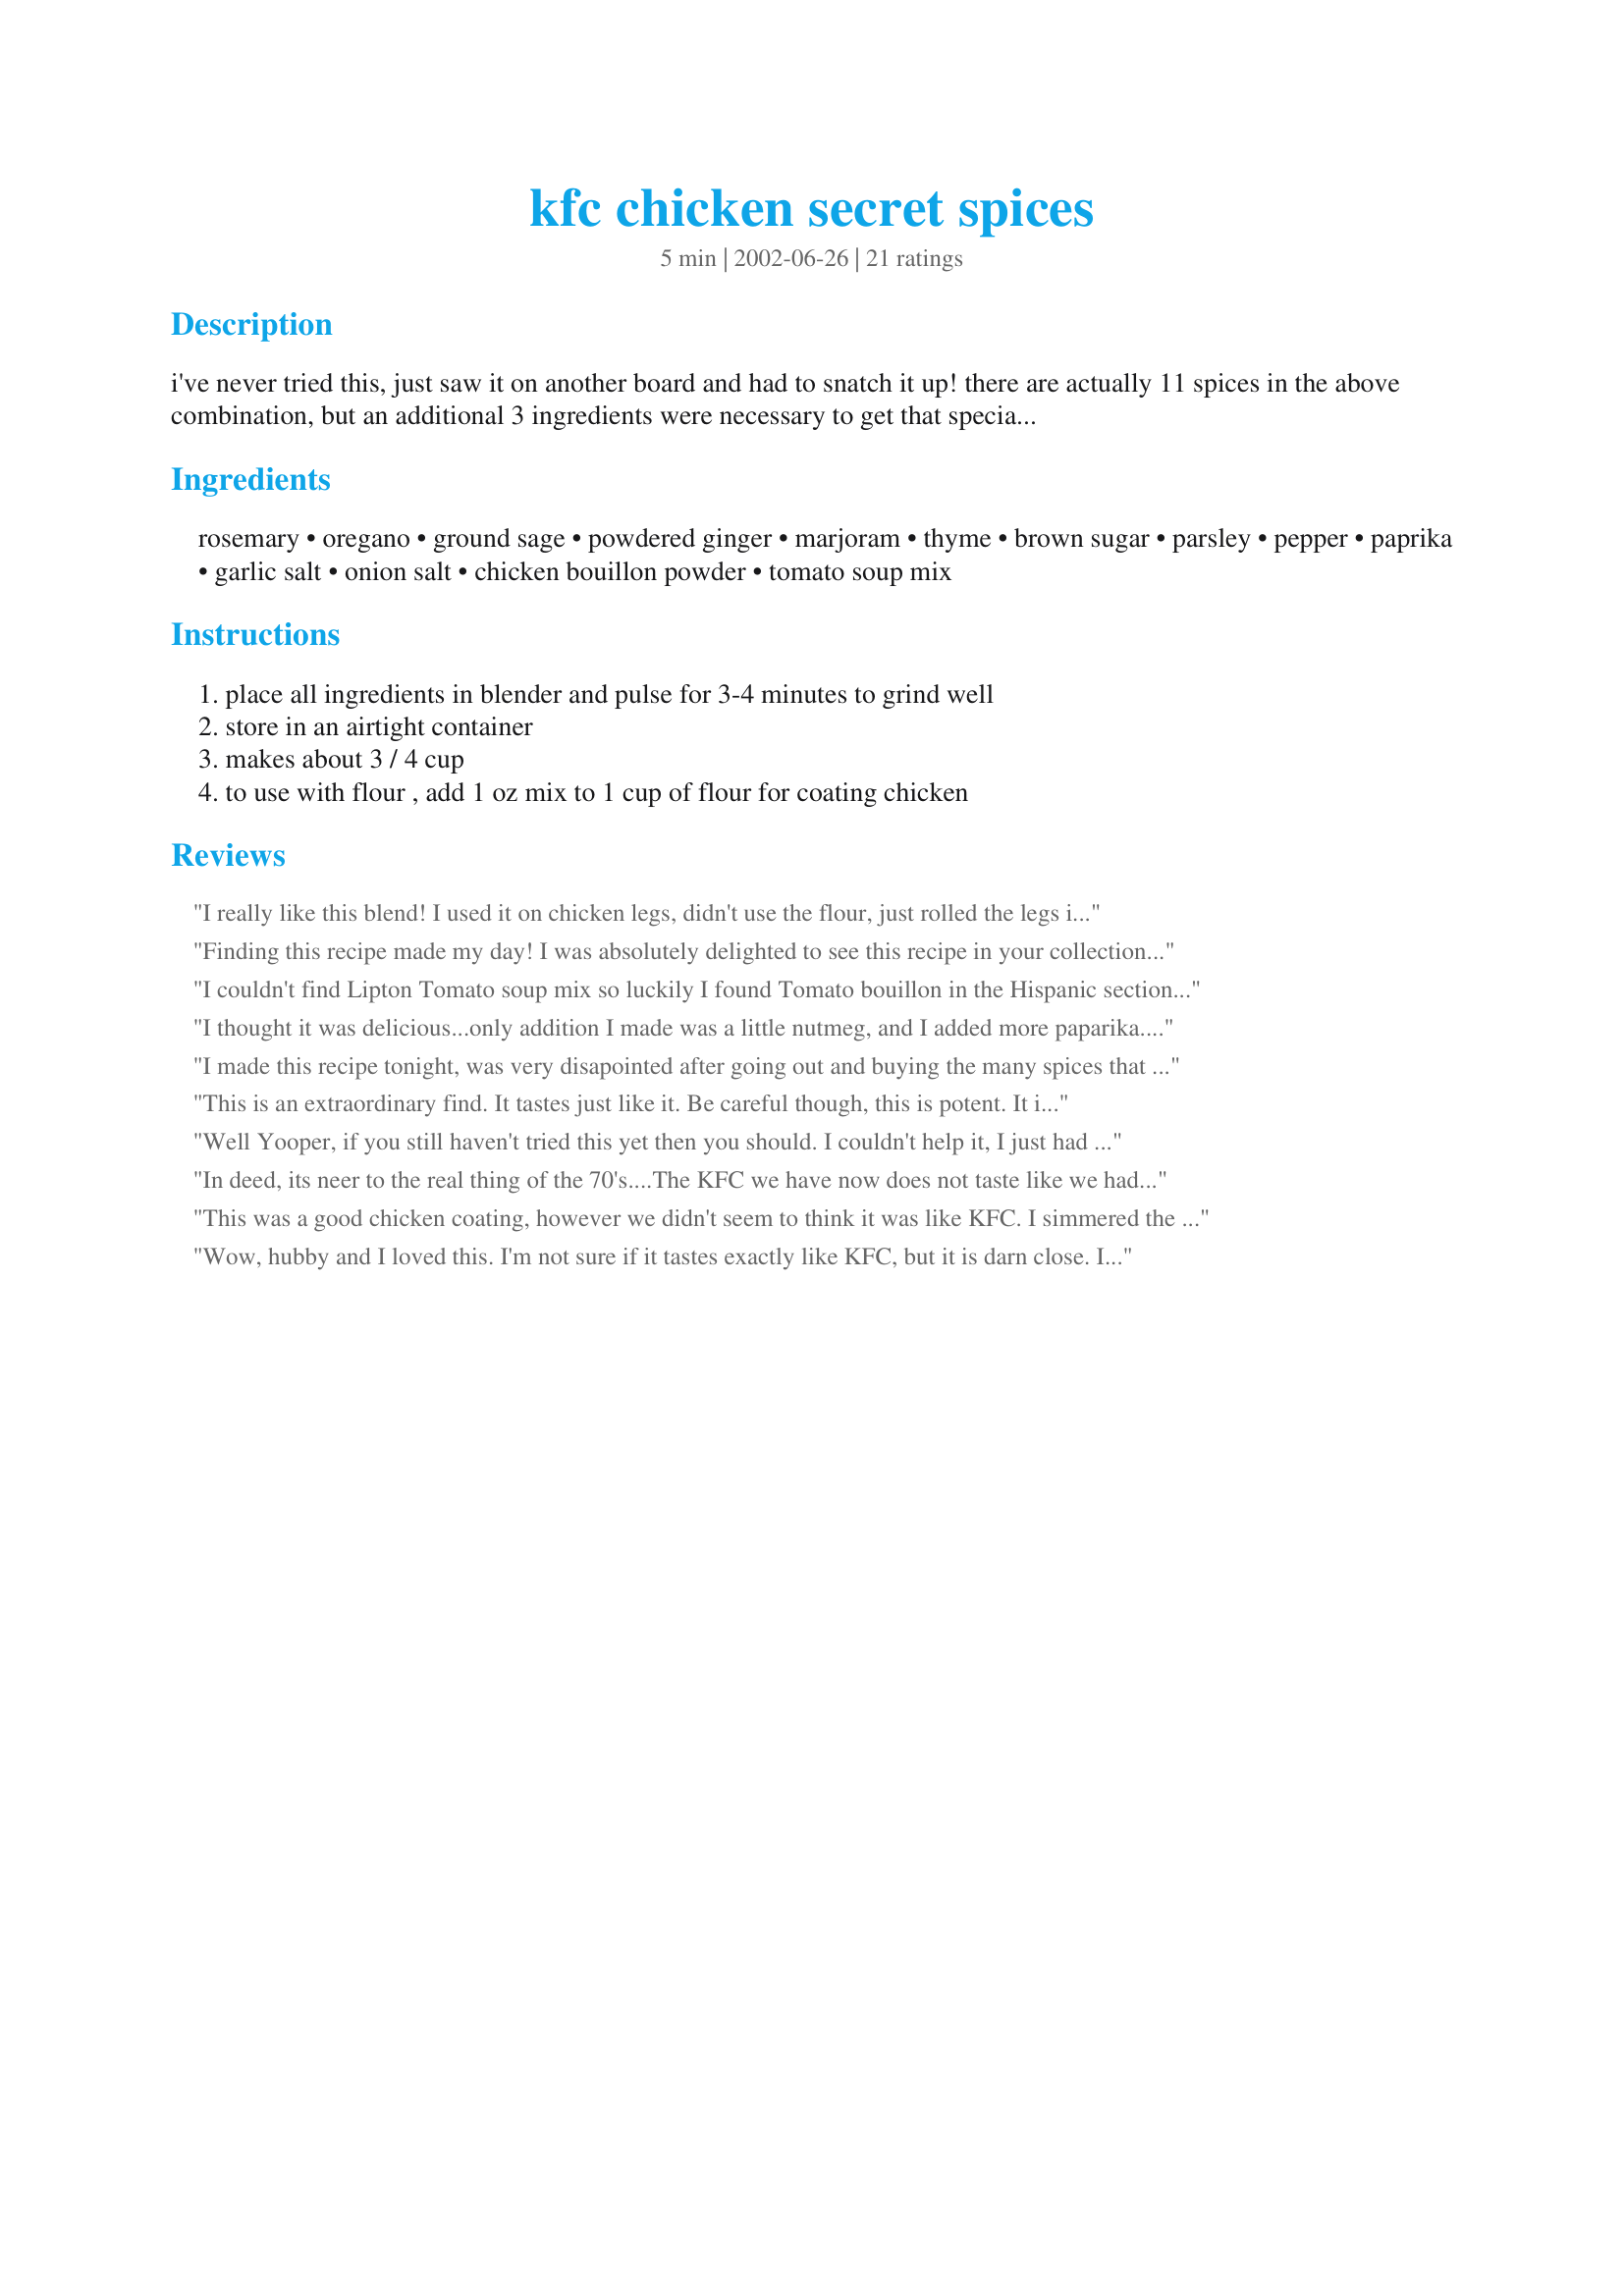
kfc chicken secret spices
Preparation time: 5 minutes

i've never tried this, just saw it on another board and had to snatch it up! there are actually 11 spices in the above combination, but an additional 3 ingredients were necessary to get that special flavor.

Ingredients:
rosemary, oregano, ground sage, powdered ginger, marjoram, thyme, brown sugar, parsley, pepper, paprika, garlic salt, onion salt, chicken bouillon powder, tomato soup mix

Steps:
place all ingredients in blender and pulse for 3-4 minutes to grind well, store in an airtight container, makes about 3 / 4 cup, to use with flour , add 1 oz mix to 1 cup of flour for coating chicken

Reviews:
I really like this blend! I used it on chicken legs, didn't use the flour, just rolled the legs in the spices. I baked the chicken in the oven for 45 minutes at 350*. Next time I will try the flour. Thanks!
Finding this recipe made my day! I was absolutely delighted to see this recipe in your collection. For years this recipe or one almost identical was a staple in my kitchen ... then it went missing. Thank you for sharing, allowing us once again to enjoy an old family favorite. And we have been enjoying this wonderful recipe that is so easy to make and great to have on hand. I thank you and my family thanks you!
I couldn't find Lipton Tomato soup mix so luckily I found Tomato bouillon in the Hispanic section, it was just as good! I made it in my chicken pressure cooker (just like the colonel uses) and it came out fantastic. My DH said it was the best chicken he'd ever tasted.
I thought it was delicious...only addition I made was a little nutmeg, and I added more paparika. I also soaked the chicken overnight in buttermilk. I find that the texture is best if the chicken is browned in the fry pan, covered, then baked in a foil-covered pan for 1 hour at 325. Delicious! Thanks
I made this recipe tonight, was very disapointed after going out and buying the many spices that I did not have. This does not taste anywhere near KFC!! It was ok, but I would not make it again!
This is an extraordinary find. It tastes just like it. Be careful though, this is potent. It is hard to pick which ingredients are missing because it is so close to the KFC taste, but one might be nutmeg. My dad has experimented for years trying to make us kids the KFC chicken but nothing beats this one. I will be glad after all these years to give my dad a free batch.
Well Yooper, if you still haven't tried this yet then you should. I couldn't help it, I just had to find out for myself if it was the real thing. Well if it's not is sure is close. I had to play with the amounts of the mixture to get the flavor we enjoyed. I added 4 tablespoons to the flour and it turned out moist and flavoful. Have to admit, my fried chicken was always lacking in flavor but this time my family said I got it right. I have plenty left over for other times which makes prep time a snap. Thanks for sharing and making my family a believer in me again. :0)
In deed, its neer to the real thing of the 70's....The KFC we have now does not taste like we had at that time!!! I added some savory, nutmeg and took out the garlic and onion then cooked in low pressure cooker at 350 for 10 minutes.
Many TNX
This was a good chicken coating, however we didn't seem to think it was like KFC. I simmered the chicken drumsticks first in milk & water (I had heard this makes the chicken tender), then coated in the mix before frying.
Wow, hubby and I loved this. I'm not sure if it tastes exactly like KFC, but it is darn close. I used boneless, skinless chicken breasts to reduce the fat, then pan fried in light oil. I was extremely happy with the results. I can't wait to make it for my stepchildren sometime to get their reaction. Thanx for a great recipe!
It made a nice, spicy coating for chicken , but I did not find it tasted like KFC. Did anyone else change the amount of anything in the ingredient list? I cooked it in the oven , maybe deep frying made the difference?
My HB and I didn't think this tasted like KFC, but I did leave out the tomato soup mix. Maybe that makes a big difference. My HB did like the coating, but I didn't think it was too different from most seasoned flour mixes.
I went against a personal predjudice and added the dry tomato soup mix. It seems to make all the difference. Delicious.
Well, I'm not sure what went wrong, I followed the recipe exactly....went to the store to buy a few spices I didn't have on hand so I would be making it exactly as the recipe called for. I even measured out one ounce of the spice mix on a food scale to put in the cup of flour. But the chicken was bland to me.. I was so disappointed! I guess I will try it again some time,since I have so much spice mix left, maybe doubling the spice amounts I add to the flour to see if that helps. I even added the 1/4 tsp. of nutmeg that Marta suggested. Hopefully I will have better luck with it the next time I try it.
I forgot the brown sugar and used garlic powder instead of salt, but it still turned out moist and tender. Thanks for posting!
There is no doubt this recipe results in tasty chicken, but I didn&#039;t think it resembled KFC. Also, I found that one of the ingredients overcooked, possibly the chicken stock powder, giving a slight bitter taste to the coating.&lt;br/&gt;&lt;br/&gt;Nice try though!
this makes very good tasting chicken, I did add more garlic
This is a very tasty spice mix. I recommend a bit more garlic if your a garlic lover like I am. It made about a cup so I have lots left over for more chicken. I pan fried the chicken.
Excellent! Very close to the "secret spices" I remember from the early 70's KFC chicken. Also, does any one else remember that the crinkle cut fries that used to come with the chicken were sprinkled with the secret spices. After a couple of years they stopped this and served the fries plain. Too bad they used to taste great.

I added 1/4 tsp of nutmeg to mine.

Thanks for the memories!
I don't think this tasted like KFC but it's the best chicken I've ever made! I used wings, legs, and thighs and removed the skin from the thighs. I rolled all the chicken pieces in the seasoned flour and roasted them in a hot oven for about an hour and a half turning them once during roasting. They turned out tender, juicy and delicious.
Im a professional chef. This tasted NOTHING like kfc. It SMELLED similar, but once it was fried, it lost allflavor and was just decent fried chicken.
